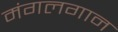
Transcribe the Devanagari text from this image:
मंगलगान